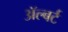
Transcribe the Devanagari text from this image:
ॲल्बर्ट